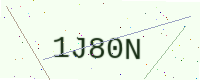
Text: 1J80N